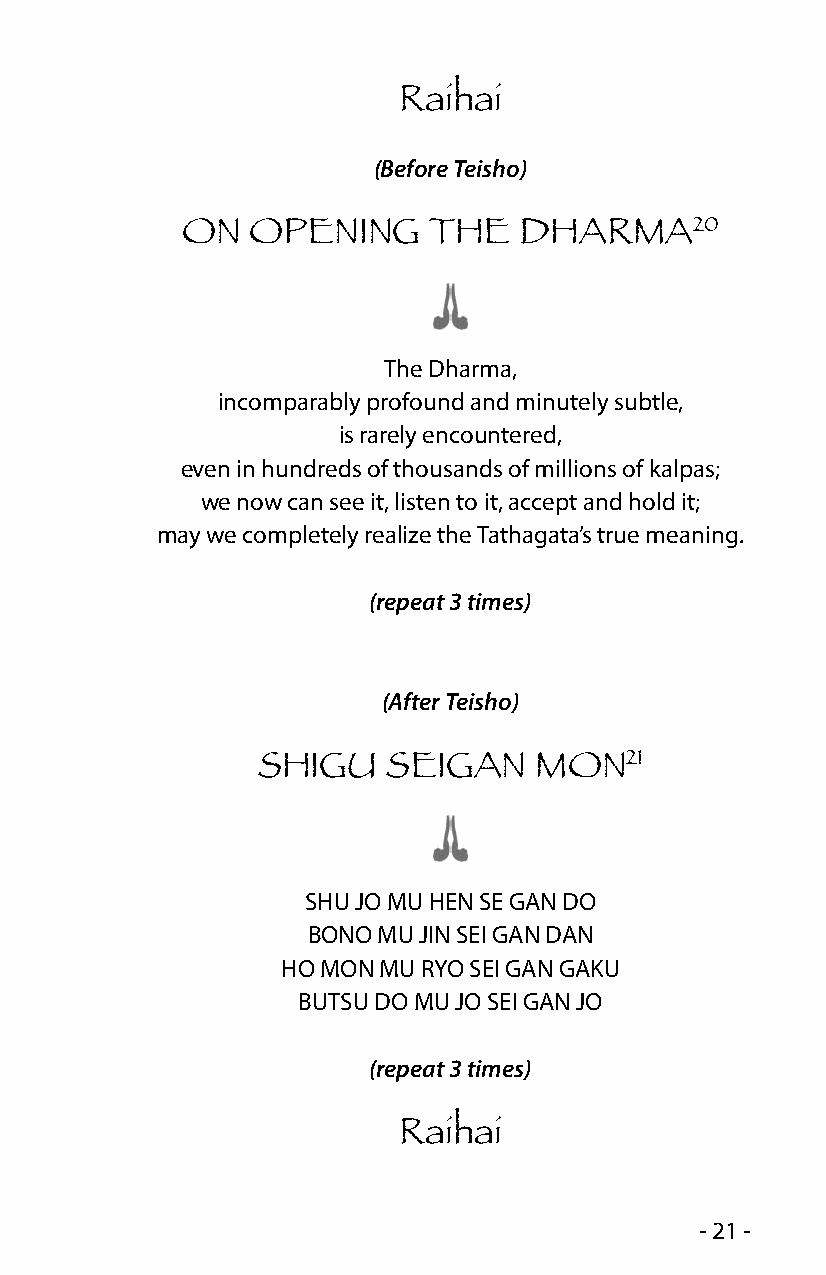
Raihai
 (Before Teisho)
 20
 ON   OPENING    THE   DHARMA
 The Dharma,
 incomparably profound and minutely subtle,
 is rarely encountered,
 even in hundreds of thousands of millions of kalpas;
 we now can see it, listen to it, accept and hold it;
 may we completely realize the Tathagata’s true meaning.
 (repeat 3 times)
 (After Teisho)
 21
 SHIGU    SEIGAN   MON
 SHU JO MU HEN SE GAN DO
 BONO MU JIN SEI GAN DAN
 HO MON MU RYO SEI GAN GAKU
 BUTSU DO MU JO SEI GAN JO
 (repeat 3 times)
 Raihai
 - 21 -